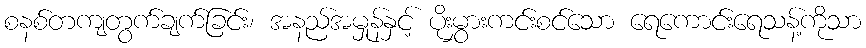
စနစ်တကျတွက်ချက်ခြင်း၊ အနည်အမှုန်နှင့် ပိုးမွှားကင်းစင်သော ရေကောင်းရေသန့်ကိုသာ